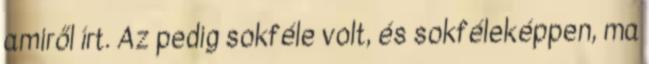
amiről írt. Az pedig sokféle volt, és sokféleképpen, ma